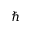
\hslash